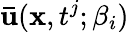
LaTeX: \mathbf{\bar{u}}(\mathbf{x},t^{j};\beta_{i})